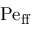
\mathrm { P e _ { f f } }